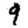
Digit: 9